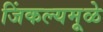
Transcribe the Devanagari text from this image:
जिंकल्यमूळे